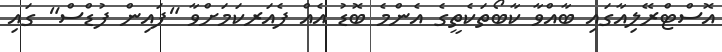
އޮސްޓްރޭލިއާގައި ބާއްވާ ކާބޯތަކެތީގެ އެންމެ ބޮޑު އެއް ފެއަރކަމަށްވާ "ފައިން ފުޑްސް" ގައި